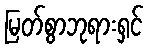
မြတ်စွာဘုရားရှင်